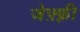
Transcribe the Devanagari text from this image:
जेफ़्फ़्री